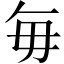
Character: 毎